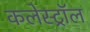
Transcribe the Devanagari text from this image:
कलेस्ट्रॉल